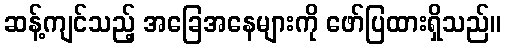
ဆန့်ကျင်သည့် အခြေအနေများကို ဖော်ပြထားရှိသည်။